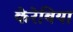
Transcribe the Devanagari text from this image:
केरेबिया